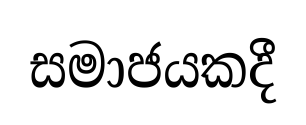
සමාජයකදී